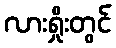
လားရှိုးတွင်